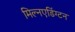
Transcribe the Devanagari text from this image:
मिल्नएडिंग्टन